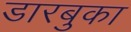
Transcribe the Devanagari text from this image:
डारबुका